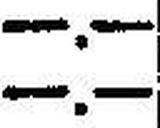
—.—